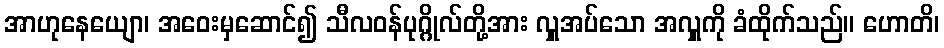
အာဟုနေယျော၊ အဝေးမှဆောင်၍ သီလဝန်ပုဂ္ဂိုလ်တို့အား လှူအပ်သော အလှူကို ခံထိုက်သည်။ ဟောတိ၊